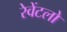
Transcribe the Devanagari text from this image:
रेवेंटलो